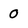
Character: 0